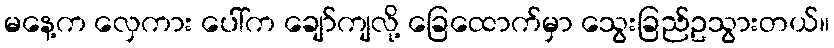
မနေ့က လှေကား ပေါ်က ချော်ကျလို့ ခြေထောက်မှာ သွေးခြည်ဥသွားတယ်။